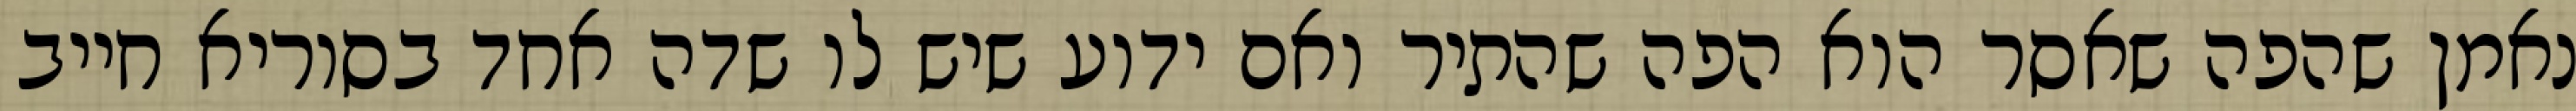
נאמן שהפה שאסר הוא הפה שהתיר ואם ידוע שיש לו שדה אחד בסוריא חייב